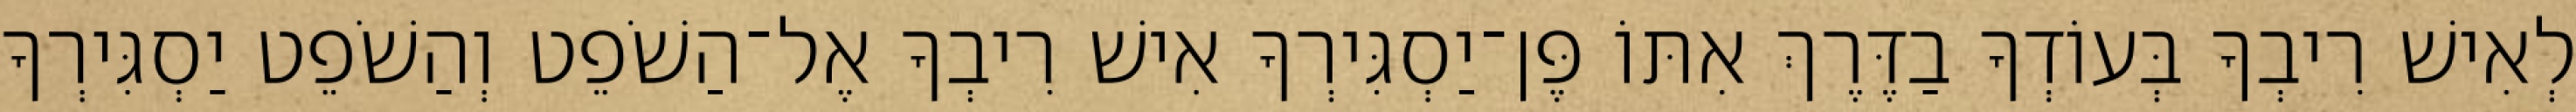
לְאִישׁ רִיבְךָ בְּעוֹדְךָ בַדֶּרֶךְ אִתּוֹ פֶּן־יַסְגִּירְךָ אִישׁ רִיבְךָ אֶל־הַשֹׁפֵט וְהַשֹׁפֵט יַסְגִּירְךָ